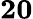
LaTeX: \boldsymbol{20}